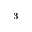
^ 3